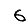
Digit: 6